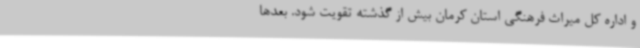
و اداره کل میراث فرهنگی استان کرمان بیش از گذشته تقویت شود. بعدها